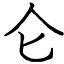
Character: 仑